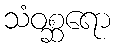
သံဝစ္ဆရော